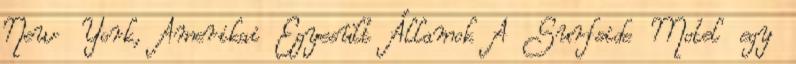
New York, Amerikai Egyesült Államok A Surfside Motel egy